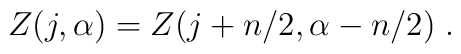
Z(j,\alpha) = Z(j+ n/2,\alpha -  n/2)\;.